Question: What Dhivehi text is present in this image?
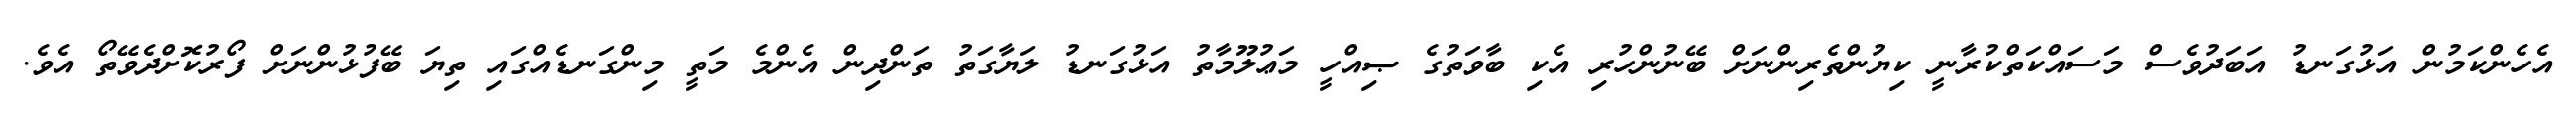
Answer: އެހެންކަމުން އަޅުގަނޑު އަބަދުވެސް މަސައްކަތްކުރާނީ ކިޔުންތެރިންނަށް ބޭނުންހުރި އެކި ބާވަތުގެ ޞިއްހީ މަޢުލޫމާތު އަޅުގަނޑު ލަޔާގަތު ތަންދިން އެންމެ މަތީ މިންގަނޑެއްގައި ތިޔަ ބޭފުޅުންނަށް ފޯރުކޮށްދެވޭތޯ އެވެ.